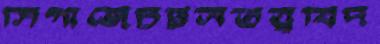
সিগাজেচট্টলতত্ত্ববিদ